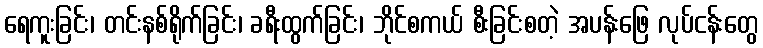
ရေကူးခြင်း၊ တင်းနစ်ရိုက်ခြင်း၊ ခရီးထွက်ခြင်း၊ ဘိုင်စကယ် စီးခြင်းစတဲ့ အပန်းဖြေ လုပ်ငန်းတွေ